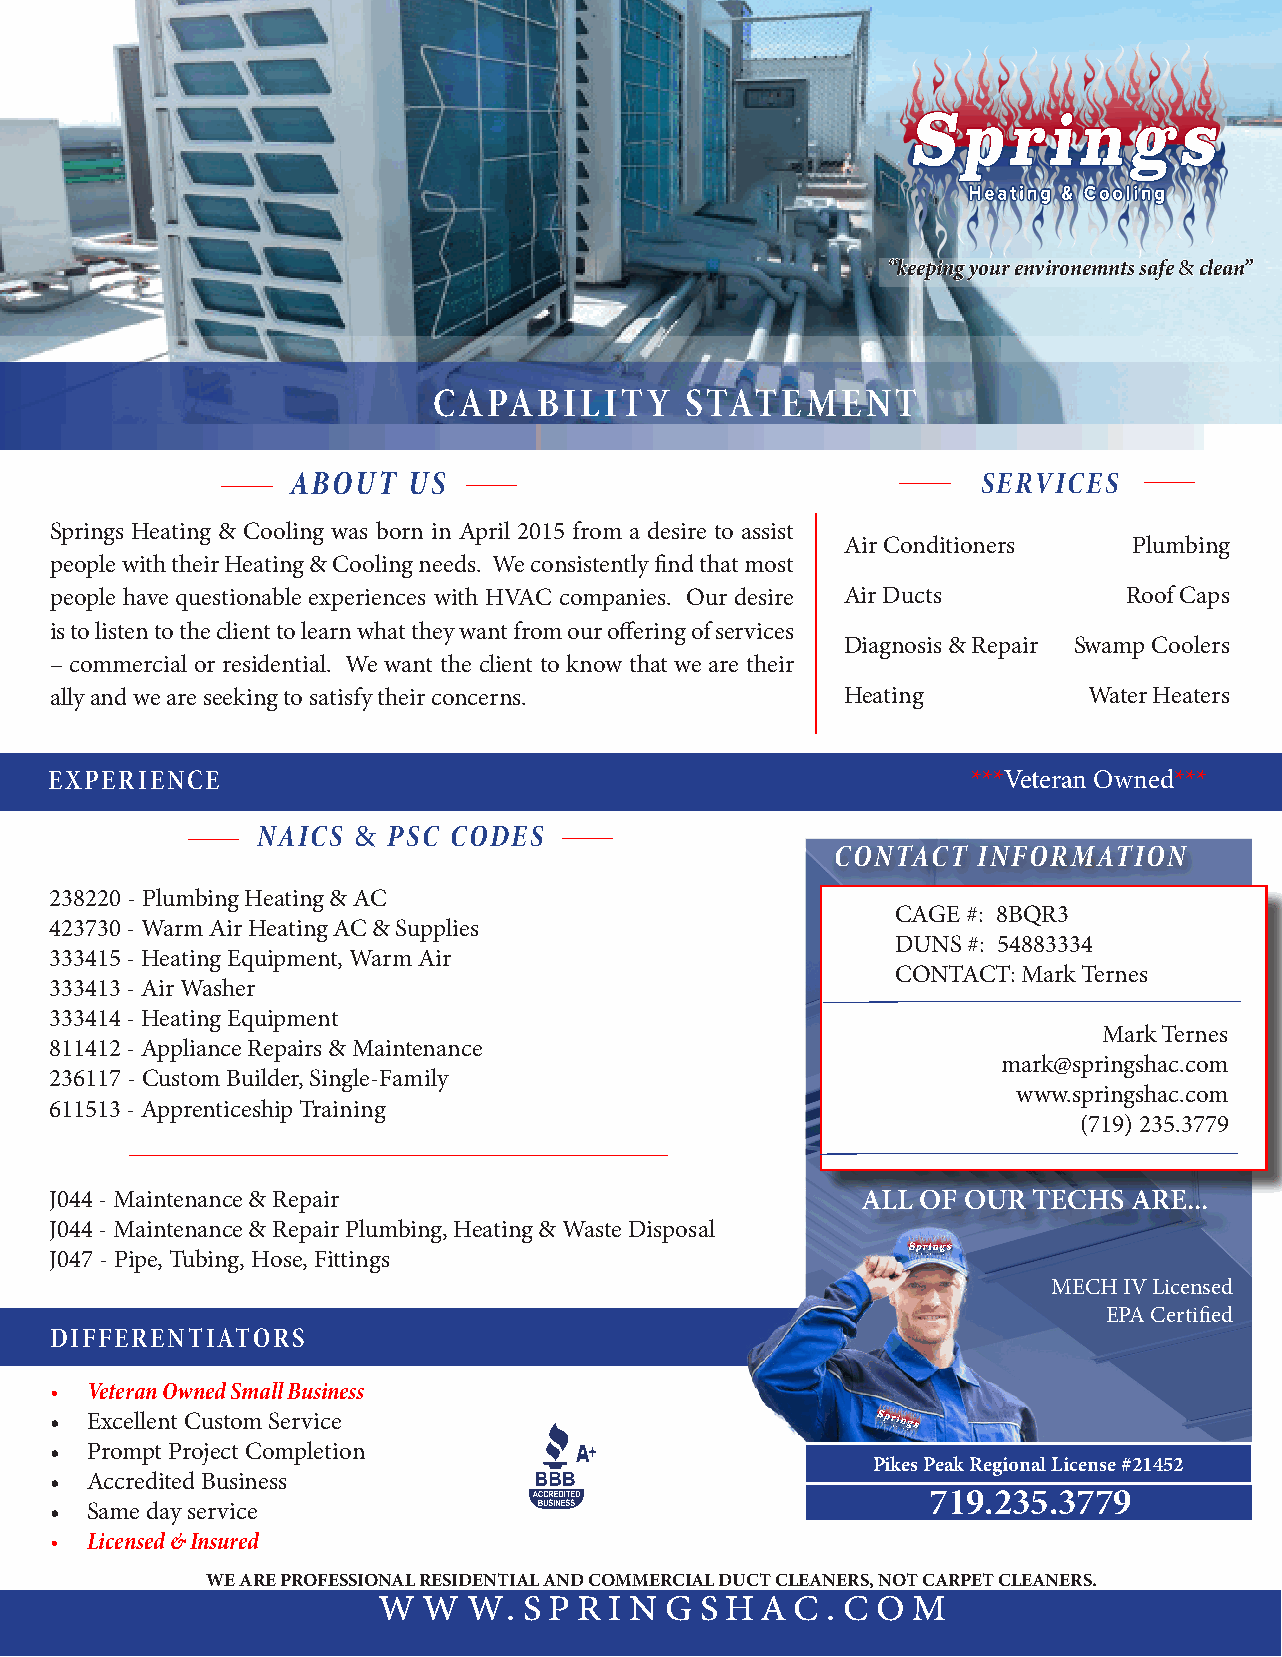
“keeping your environemnts safe & clean”
 CAPABILITY      STATEMENT
 ABOUT   US                                    SERVICES
 Springs Heating & Cooling was born in April 2015 from a desire to assist
 Air Conditioners   Plumbing
 people with their Heating & Cooling needs. We consistently find that most
 people have questionable experiences with HVAC companies. Our desire Air Ducts Roof Caps
 is to listen to the client to learn what they want from our offering of services
 Diagnosis & Repair Swamp Coolers
 – commercial or residential. We want the client to know that we are their
 ally and we are seeking to satisfy their concerns.   Heating         Water Heaters
 EXPERIENCE                                                   ***Veteran Owned***
 NAICS &  PSC CODES
 CONTACT   INFORMATION
 238220 - Plumbing Heating & AC
 CAGE #: 8BQR3
 423730 - Warm Air Heating AC & Supplies
 DUNS #: 54883334
 333415 - Heating Equipment, Warm Air
 CONTACT: Mark Ternes
 333413 - Air Washer
 333414 - Heating Equipment
 Mark Ternes
 811412 - Appliance Repairs & Maintenance
 mark@springshac.com
 236117 - Custom Builder, Single-Family
 www.springshac.com
 611513 - Apprenticeship Training
 (719) 235.3779
 J044 - Maintenance & Repair                           ALL OF OUR TECHS  ARE...
 J044 - Maintenance & Repair Plumbing, Heating & Waste Disposal
 J047 - Pipe, Tubing, Hose, Fittings
 MECH IV Licensed
 EPA Certified
 DIFFERENTIATORS
 •  Veteran Owned Small Business
 •  Excellent Custom Service
 •  Prompt Project Completion
 Pikes Peak Regional License #21452
 •  Accredited Business
 719.235.3779
 •  Same day service
 •  Licensed & Insured
 WE ARE PROFESSIONAL RESIDENTIAL AND COMMERCIAL DUCT CLEANERS, NOT CARPET CLEANERS.
 W  W  W.  S P R I N G S HA  C . C O M